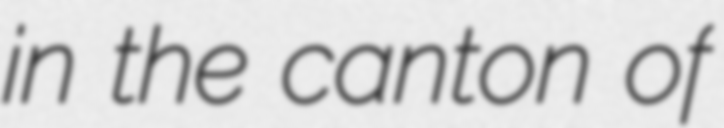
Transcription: in the canton of